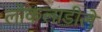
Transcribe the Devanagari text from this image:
लोकलाडीले